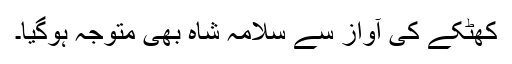
کھٹکے کی آواز سے سلامہ شاہ بھی متوجہ ہوگیا۔